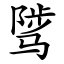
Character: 骘